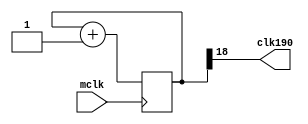
`timescale 1ns / 1ps

// 52
module CLK_div (
input wire mclk,
output wire clk190
);
reg [24:0] q;
// 25 
always @ (posedge mclk )
begin
q <= q + 1;
end      
assign clk190 = q[18]; // 190 Hz
endmodule